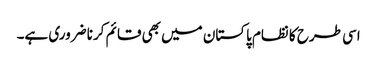
اسی طرح کا نظام پاکستان میں بھی قائم کرنا ضروری ہے۔